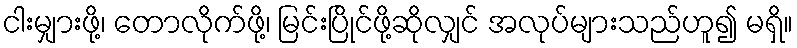
ငါးမျှားဖို့၊ တောလိုက်ဖို့၊ မြင်းပြိုင်ဖို့ဆိုလျှင် အလုပ်များသည်ဟူ၍ မရှိ။